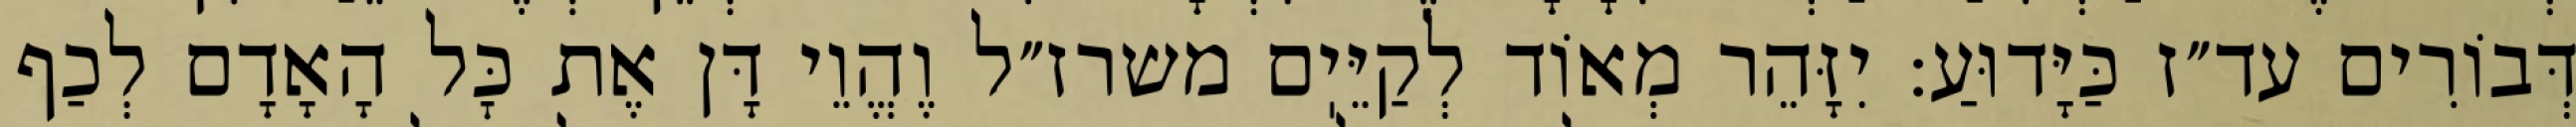
דְּבוֹרִים עד״ז כַּיָּדוּעַ: יִזָּהֵר מְאוֹד לְקַיֵּיֽם משרז״ל וֶהֱוֵי דָּן אֶת כׇּל הָאָדָם לְכַף